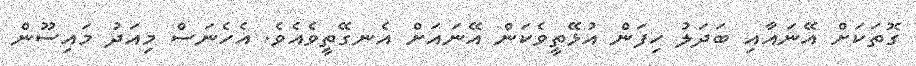
ގޮތަކަށް އޭނައާއި ބަދަލު ހިފަން އުޅޭތީވެކަން އޭނައަށް އެނގޭތީވެއެވެ. އެހެނަސް މިއަދު މައިސޫން